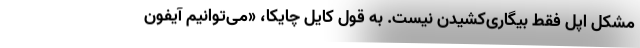
مشکل اپل فقط بیگاری‌کشیدن نیست. به قول کایل چایکا، «می‌توانیم آیفون